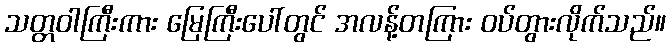
သတ္တဝါကြီးကား မြေကြီးပေါ်တွင် အလန့်တကြား ဝပ်တွားလိုက်သည်။